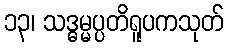
၁၃၊ သဒ္ဓမ္မပ္ပတိရူပကသုတ်